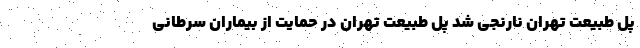
پل طبیعت تهران نارنجی شد پل طبیعت تهران در حمایت از بیماران سرطانی